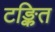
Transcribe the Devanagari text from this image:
टङ्कित